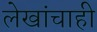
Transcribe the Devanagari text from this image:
लेखांचाही